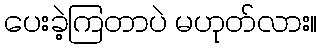
ပေးခဲ့ကြတာပဲ မဟုတ်လား။